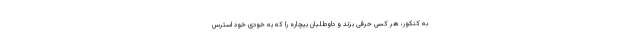
به کنکور، هر کسی حرفی بزند و داوطلبان بیچاره را که به خودی خود استرس